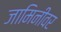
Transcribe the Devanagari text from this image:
जामिनीवर